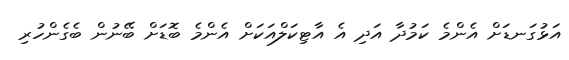
އަޅުގަނޑަށް އެންމެ ކަމުދާ އަދި އެ އާޓިކަލްއަކަށް އެންމެ ބޮޑަށް ބޭނުން ބެގެންހުރި